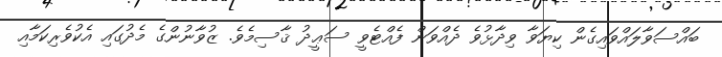
ބައްސަވާލައްވައިގެން ކިޔަވާ ވިދާޅުވެ ދެއްވަން ފެއްޓެވީ ސަޢީދު ޤާސިމެވެ. ޒުވާނުންގެ މެދުގައި އެކުވެރިކަމާއި